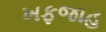
ખફજાહ